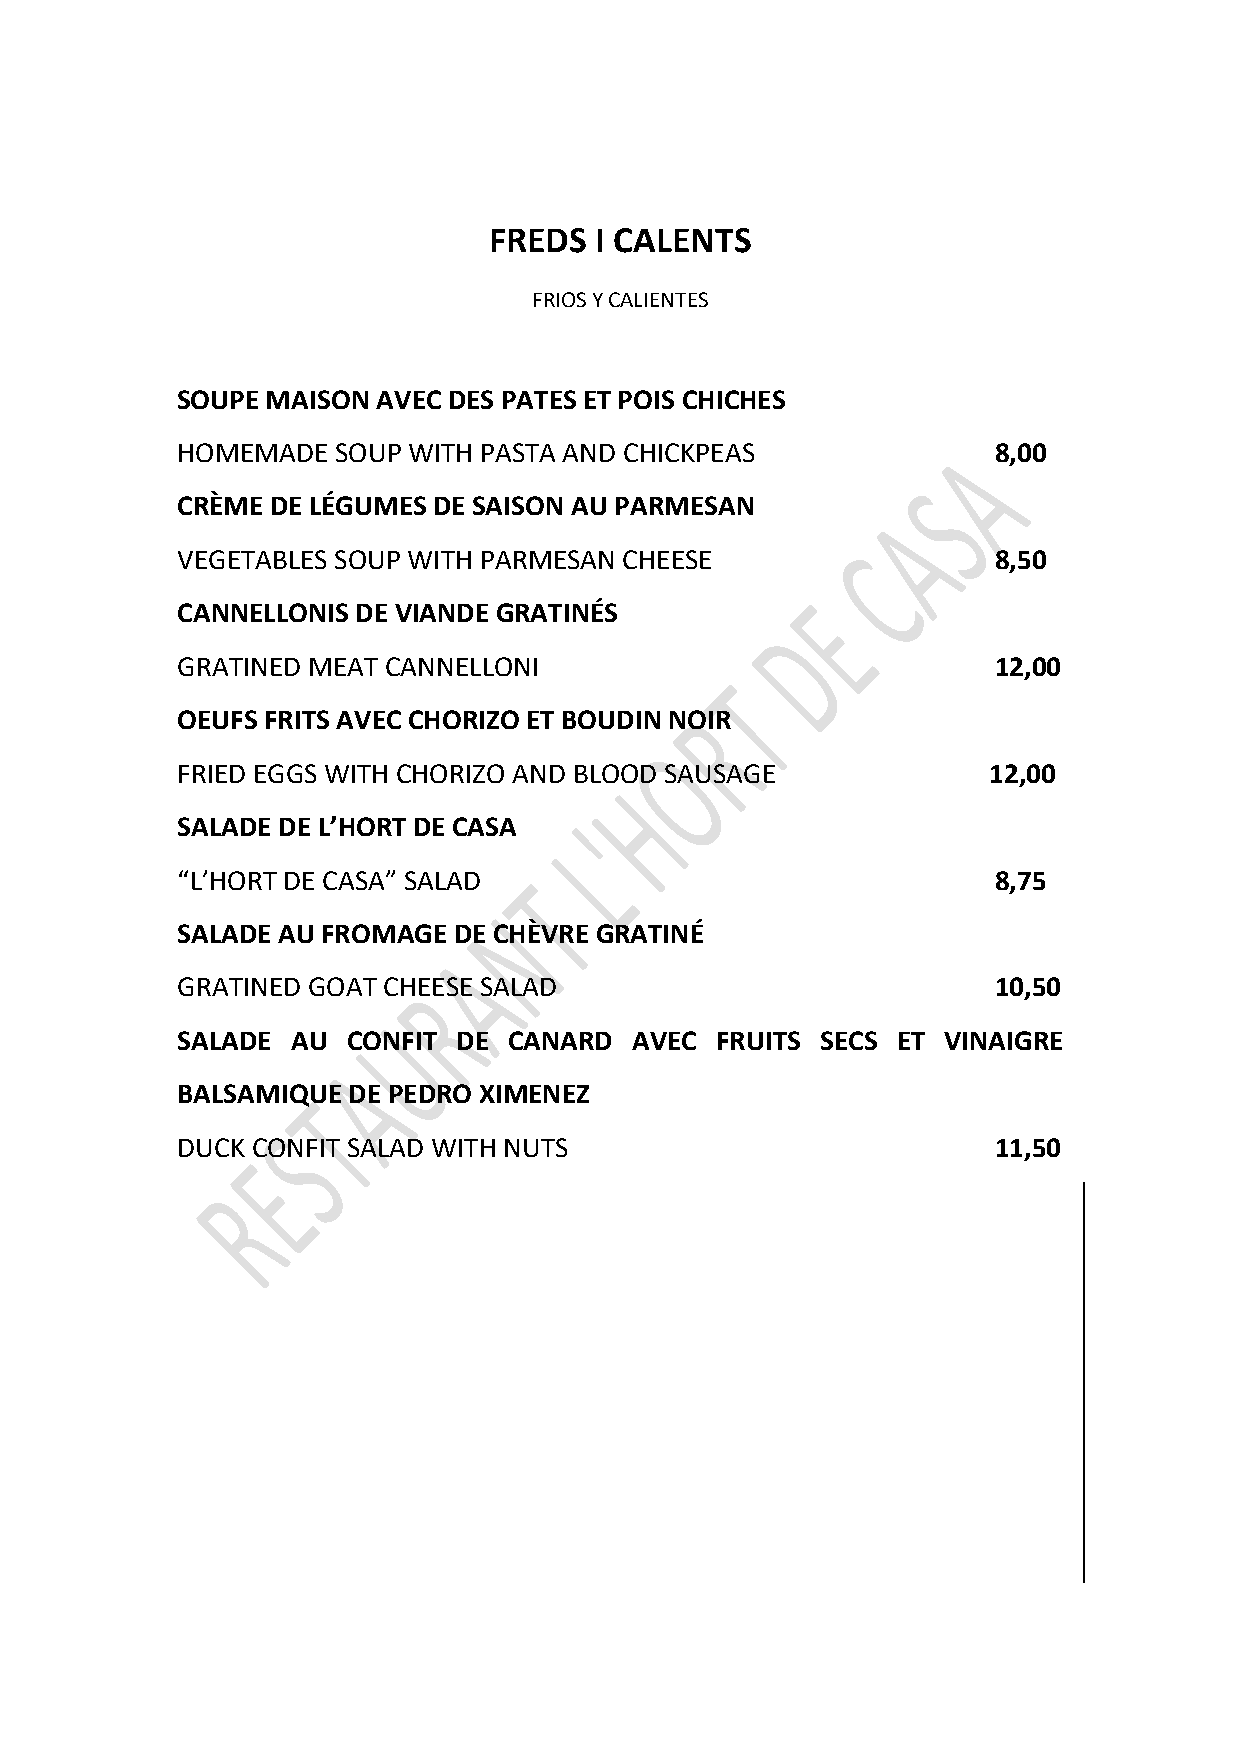
FREDS  I CALENTS
 FRIOS Y CALIENTES
 SOUPE MAISON AVEC DES PATES ET POIS CHICHES
 HOMEMADE  SOUP WITH PASTA AND CHICKPEAS               8,00
 CRÈME DE LÉGUMES DE SAISON AU PARMESAN
 VEGETABLES SOUP WITH PARMESAN CHEESE                  8,50
 CANNELLONIS DE VIANDE GRATINÉS
 GRATINED MEAT CANNELLONI                              12,00
 OEUFS FRITS AVEC CHORIZO ET BOUDIN NOIR
 FRIED EGGS WITH CHORIZO AND BLOOD SAUSAGE            12,00
 SALADE DE L’HORT DE CASA
 “L’HORT DE CASA” SALAD                                8,75
 SALADE AU FROMAGE DE CHÈVRE GRATINÉ
 GRATINED GOAT CHEESE SALAD                            10,50
 SALADE AU  CONFIT DE  CANARD  AVEC FRUITS SECS ET  VINAIGRE
 BALSAMIQUE DE PEDRO XIMENEZ
 DUCK CONFIT SALAD WITH NUTS                           11,50